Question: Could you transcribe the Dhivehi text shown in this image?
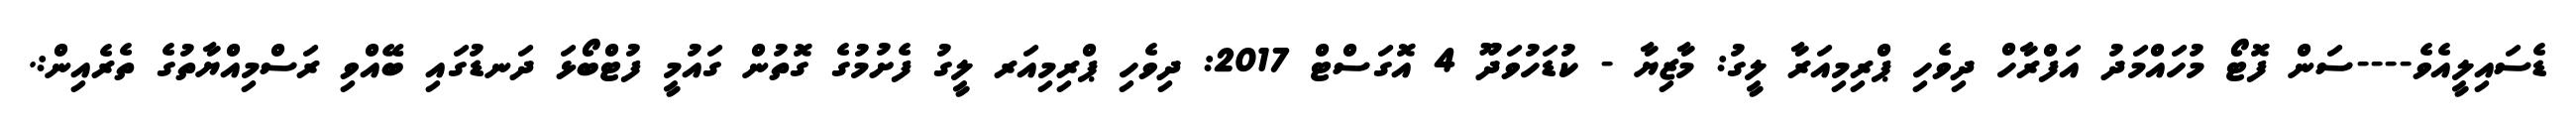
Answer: ޑެސައިލީއެވެ----ސަން ފޮޓޯ މުހައްމަދު އަފްރާހް ދިވެހި ޕްރިމިއަރާ ލީގު: މާޒިޔާ - ކުޑަހުވަދޫ 4 އޮގަސްޓް 2017: ދިވެހި ޕްރިމިއަރ ލީގު ފެށުމުގެ ގޮތުން ގައުމީ ފުޓްބޯޅަ ދަނޑުގައި ބޭއްވި ރަސްމިއްޔާތުގެ ތެރެއިން:.